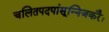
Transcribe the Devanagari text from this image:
चलितपदपांसून्निजकरैः